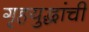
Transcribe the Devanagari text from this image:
गृहयुद्धांची